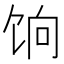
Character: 饷